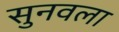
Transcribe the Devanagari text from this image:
सुनवला